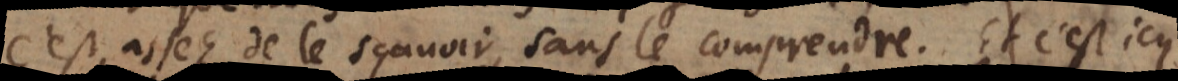
C’est assez de le sçavoir, sans le comprendre. Et c’est icy